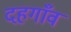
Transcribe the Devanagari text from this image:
दहगाँव